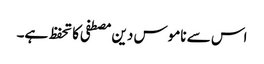
اس سے ناموس دین مصطفی کا تحفظ ہے۔